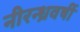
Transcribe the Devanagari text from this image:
नीरन्ध्रवर्षी